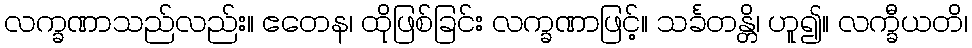
လက္ခဏာသည်လည်း။ ဧတေန၊ ထိုဖြစ်ခြင်း လက္ခဏာဖြင့်။ သင်္ခတန္တိ၊ ဟူ၍။ လက္ခီယတိ၊